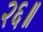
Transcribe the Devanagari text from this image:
२६॥